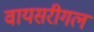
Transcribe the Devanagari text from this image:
वायसरीगल